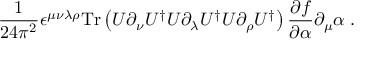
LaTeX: \frac { 1 } { 2 4 \pi ^ { 2 } } \epsilon ^ { \mu \nu \lambda \rho } \mathrm { T r } \left( U \partial _ { \nu } U ^ { \dagger } U \partial _ { \lambda } U ^ { \dagger } U \partial _ { \rho } U ^ { \dagger } \right) \frac { \partial f } { \partial \alpha } \partial _ { \mu } \alpha \; .